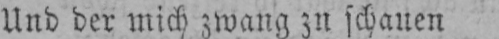
Und der mich zwang zu schauen